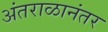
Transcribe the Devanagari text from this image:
अंतराळानंतर